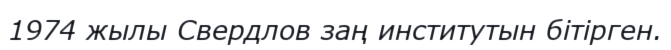
1974 жылы Свердлов заң институтын бітірген.